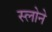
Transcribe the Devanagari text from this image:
स्‍लोने